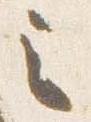
之